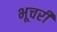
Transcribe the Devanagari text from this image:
भूचरी